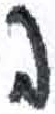
אות: ב